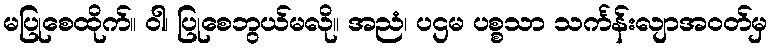
မပြုစေထိုက်။ ဝါ၊ ပြုစေဘွယ်မလို။ အညံ၊ ပဌမ ပစ္စသာ သင်္ကန်းလျာအဝတ်မှ